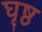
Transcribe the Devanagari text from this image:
घृष्ठ